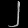
Digit: ၂